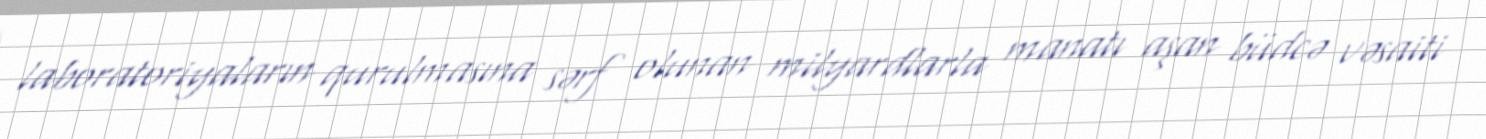
laboratoriyaların qurulmasına sərf olunan milyardlarla manatı aşan büdcə vəsaiti